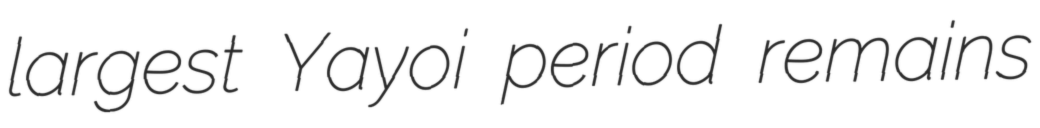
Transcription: largest Yayoi period remains